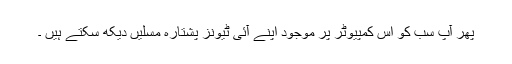
پھر آپ سب کو اس کمپیوٹر پر موجود اپنے آئی ٹیونز پشتارہ مسلیں دیکھ سکتے ہیں ۔